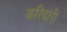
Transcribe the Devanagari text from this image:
करिदारी